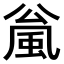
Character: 𫖻